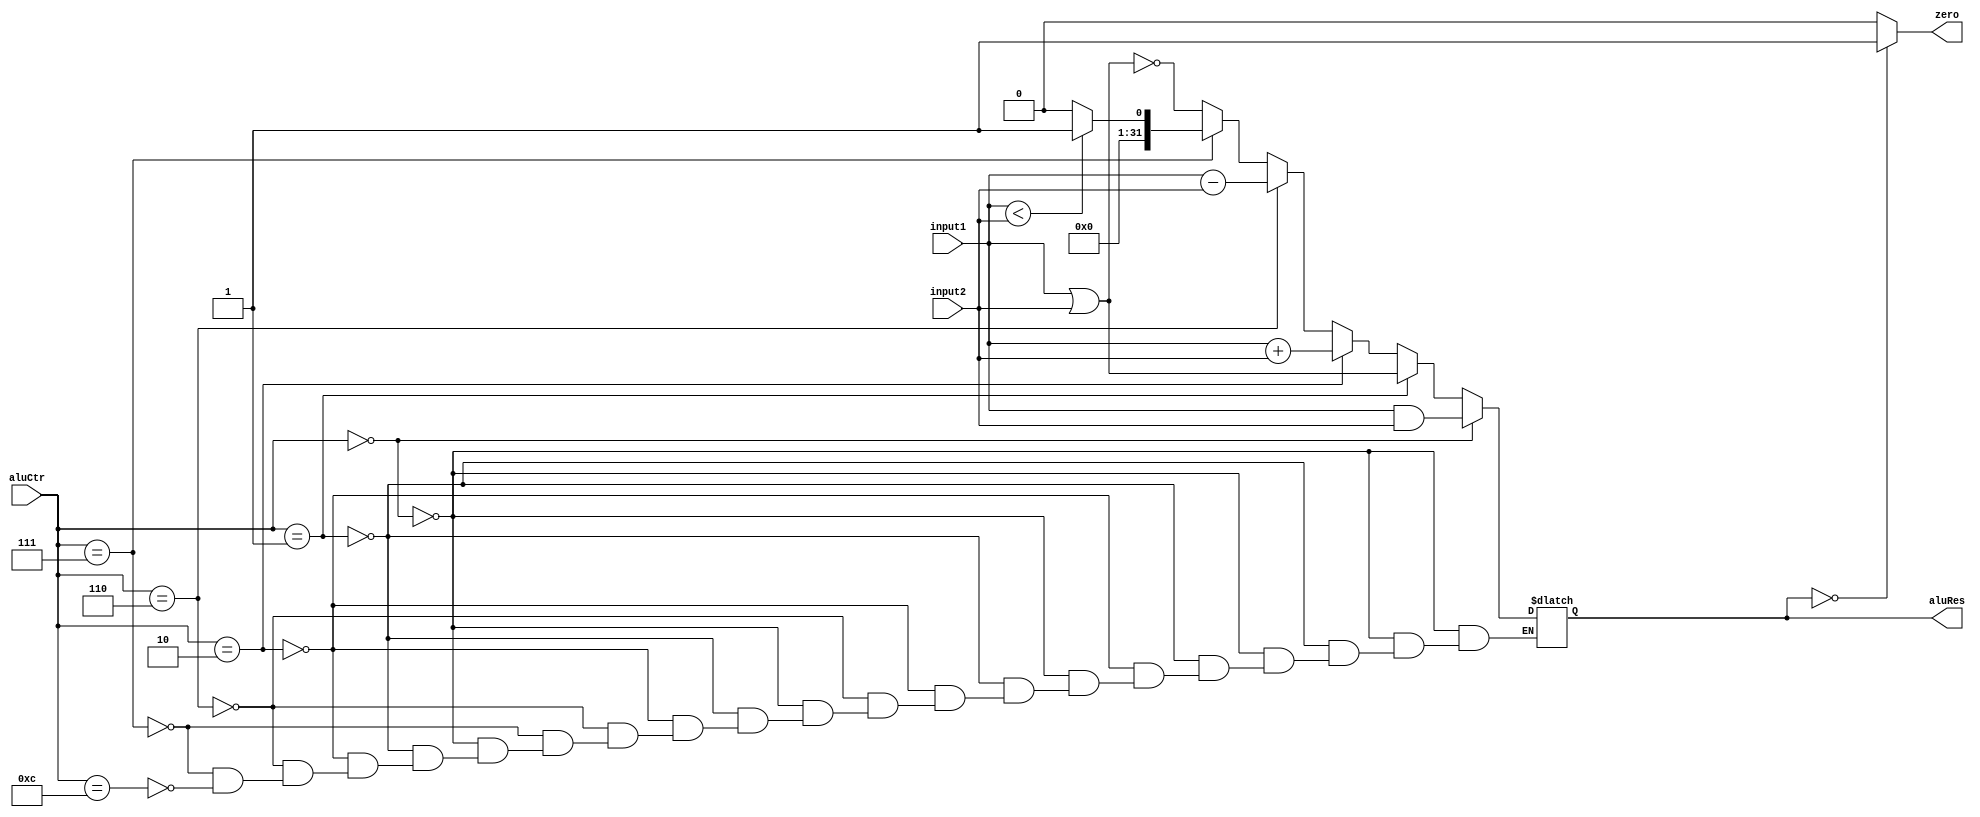
module Alu(
	input      [31:0] input1,
	input      [31:0] input2,
	input      [3:0]  aluCtr,
	output            zero,
	output reg [31:0] aluRes
);

assign zero = (aluRes==0)?1:0;

always @ (input1 or input2 or aluCtr)
begin
	if(aluCtr == 4'b0000)
		aluRes = input1 & input2;
	else if(aluCtr == 4'b0001)
		aluRes = input1 | input2;
	else if(aluCtr == 4'b0010)
		aluRes = input1 + input2;
	else if(aluCtr == 4'b0110)
		aluRes = input1 - input2;
	else if(aluCtr == 4'b0111)
		aluRes = (input1 < input2)?1:0;
	else if(aluCtr == 4'b1100)
		aluRes = ~(input1 | input2);
end

endmodule